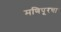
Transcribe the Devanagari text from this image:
मणिपूरचा